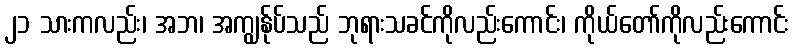
၂၁ သားကလည်း၊ အဘ၊ အကျွန်ုပ်သည် ဘုရားသခင်ကိုလည်းကောင်း၊ ကိုယ်တော်ကိုလည်းကောင်း